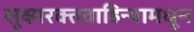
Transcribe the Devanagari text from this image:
सूक्ष्मरक्तवाहिन्यामधून